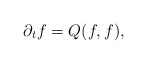
\begin{align*}\partial_t f=Q(f,f),\end{align*}